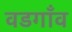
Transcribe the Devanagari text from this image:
वडगाँव